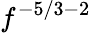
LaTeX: f^{-5/3-2}